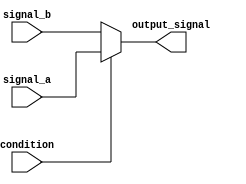
module continuous_assignment(
    input wire condition,
    input wire signal_a,
    input wire signal_b,
    output reg output_signal
);

always @* begin
    if (condition) begin
        output_signal = signal_a;
    end else begin
        output_signal = signal_b;
    end
end

endmodule